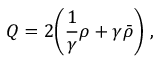
Q = 2 \Biggl ( \frac { 1 } { \gamma } \rho + \gamma \bar { \rho } \Biggr ) ~ ,